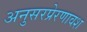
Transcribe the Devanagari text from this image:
अनुसरप्रेरणावश